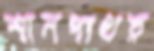
শানপাথর